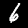
Label: 6